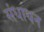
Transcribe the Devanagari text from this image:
संधाधन